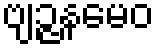
ဗျဉ္ဇနမေဝ